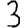
Digit: 3